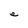
Character: e